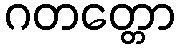
ဂတတ္တော